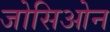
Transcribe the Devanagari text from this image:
जोसिओन